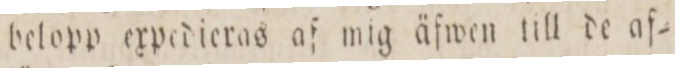
belopp expedieras af mig äfwen till de af=